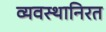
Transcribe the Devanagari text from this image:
व्यवस्थानिरत